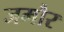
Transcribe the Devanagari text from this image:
जमौर